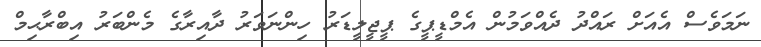
ނަމަވެސް އެއަށް ރައްދު ދެއްވަމުން އެމްޑީޕީގެ ޕީޖީލީޑަރު ހިންނަވަރު ދާއިރާގެ މެންބަރު އިބްރާޙިމް